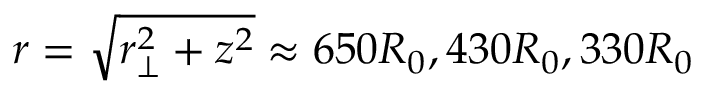
r = \sqrt { r _ { \perp } ^ { 2 } + z ^ { 2 } } \approx 6 5 0 R _ { 0 } , 4 3 0 R _ { 0 } , 3 3 0 R _ { 0 }